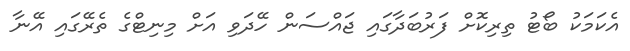
އެކަމަކު ބޯޓު ތިރިކޮށް ފަރުބަދާގައި ޖައްސަން ހޭދަވި އަށް މިނިޓްގެ ތެރޭގައި އޭނާ